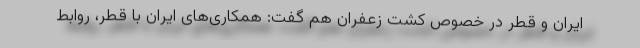
ایران و قطر در خصوص کشت زعفران هم گفت: همکاری‌های ایران با قطر، روابط